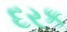
દરક